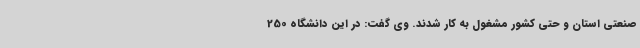
صنعتی استان و حتی کشور مشغول به کار شدند. وی گفت: در این دانشگاه 250